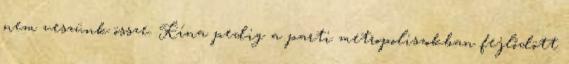
nem veszünk össze. Kína pedig a parti metropoliszokban fejlődött